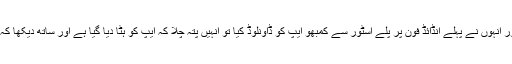
خبروں کے مطابق الٹ نیوز نے اس پر تحقیقات کی اور انہوں نے پہلے انڈائڈ فون پر پلے اسٹور سے کمبھو ایپ کو ڈاونلوڈ کیا تو انہیں پتہ چلا کہ ایپ کو ہٹا دیا گیا ہے اور ساتھ دیکھا کہ کئی جگہوں پر ’’ بولو ‘‘ ایپ پر ریفر کیا جا رہا ہے ۔